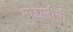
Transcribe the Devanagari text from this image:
मोहालीची